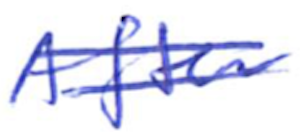
Text: After
Cross-out: double-line
Writing tool: ballpoint